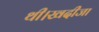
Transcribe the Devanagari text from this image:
थी।खदीजा